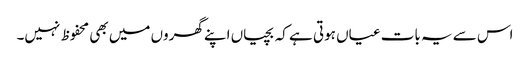
اس سے یہ بات عیاں ہوتی ہے کہ بچیاں اپنے گھروں میں بھی محفوظ نہیں۔